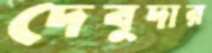
দেবুদার